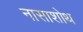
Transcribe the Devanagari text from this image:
नासाशोथ